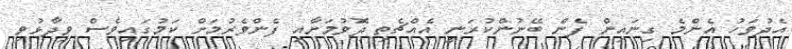
އެދުވަހު އެންމެ ގިނައިން ފެން ބޭނުންކުރަނީ އެއްޗެތި ދޮވުމަށާއި ފެންވެރުމަށް ކަަމުގައިވެސް ވިދާޅުވި